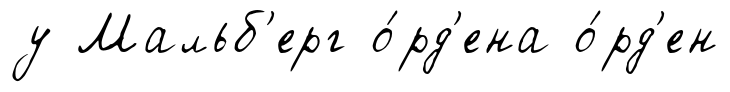
у Мальб'ерг о́рд'ена о́рд'ен